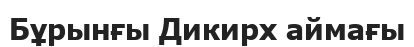
Бұрынғы Дикирх аймағы